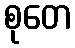
စုတေ